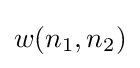
w(n_{1},n_{2})